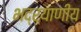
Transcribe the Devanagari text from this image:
भद्रयाणीय